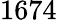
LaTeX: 1674